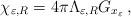
LaTeX: \begin{align*}\chi_{\varepsilon,R}=4\pi \Lambda_{\varepsilon,R} G_{x_\varepsilon}\,,\end{align*}